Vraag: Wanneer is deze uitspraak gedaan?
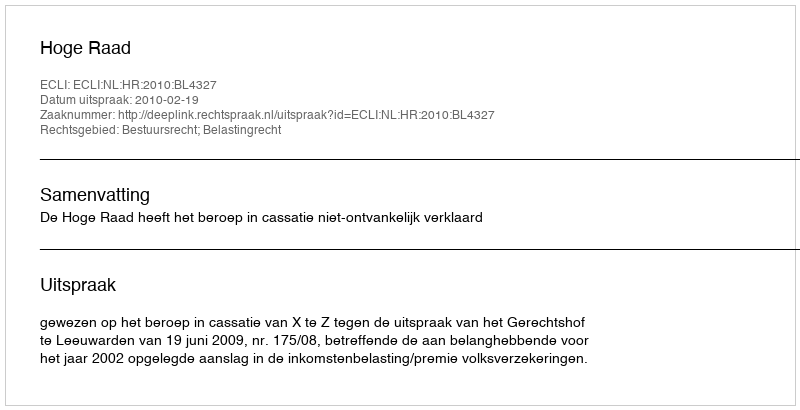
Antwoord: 2010-02-19